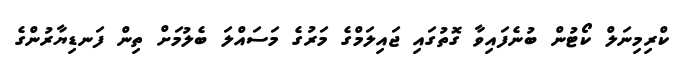
ކްރިމިނަލް ކޯޓުން ބުނެފައިވާ ގޮތުގައި ޖަައިލަމްގެ މަރުގެ މަސައްލަ ބެލުމަށް ތިން ފަނޑިޔާރުންގެ